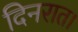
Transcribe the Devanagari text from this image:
दिनरात।